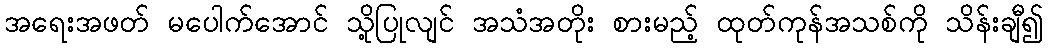
အရေးအဖတ် မပေါက်အောင် သို့ပြုလျင် အသံအတိုး စားမည့် ထုတ်ကုန်အသစ်ကို သိန်းချီ၍